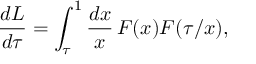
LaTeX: \frac { d L } { d \tau } = \int _ { \tau } ^ { 1 } \frac { d x } { x } \, F ( x ) F ( \tau / x ) ,